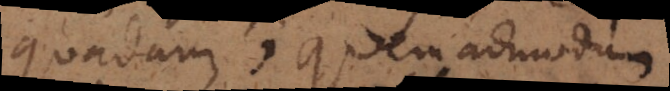
quadam; quemadmodum